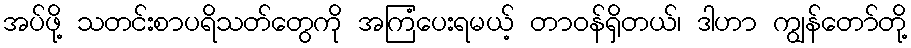
အပ်ဖို့ သတင်းစာပရိသတ်တွေကို အကြံပေးရမယ့် တာဝန်ရှိတယ်၊ ဒါဟာ ကျွန်တော်တို့